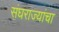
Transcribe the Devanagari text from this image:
संघराज्यांचा